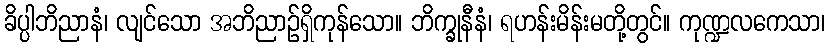
ခိပ္ပါဘိညာနံ၊ လျင်သော အဘိညာဉ်ရှိကုန်သော။ ဘိက္ခုနီနံ၊ ရဟန်းမိန်းမတို့တွင်။ ကုဏ္ဍလကေသာ၊